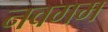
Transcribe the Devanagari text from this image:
नवगम